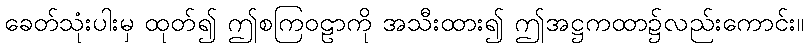
ခေတ်သုံးပါးမှ ထုတ်၍ ဤစကြဝဠာကို အသီးထား၍ ဤအဋ္ဌကထာ၌လည်းကောင်း။